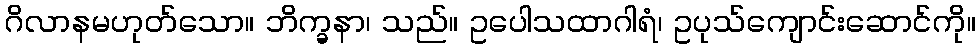
ဂိလာနမဟုတ်သော။ ဘိက္ခနာ၊ သည်။ ဥပေါသထာဂါရံ၊ ဥပုသ်ကျောင်းဆောင်ကို။